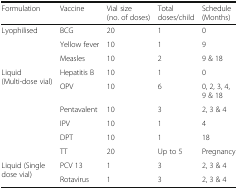
<table><thead><tr><td><b>Formulation</b></td><td><b>Vaccine</b></td><td><b>Vial size (no. of doses)</b></td><td><b>Total doses/child</b></td><td><b>Schedule (Months)</b></td></tr></thead><tbody><tr><td rowspan="3">Lyophilised</td><td>BCG</td><td>20</td><td>1</td><td>0</td></tr><tr><td>Yellow fever</td><td>10</td><td>1</td><td>9</td></tr><tr><td>Measles</td><td>10</td><td>2</td><td>9 &amp; 18</td></tr><tr><td rowspan="6">Liquid (Multi-dose vial)</td><td>Hepatitis B</td><td>10</td><td>1</td><td>0</td></tr><tr><td>OPV</td><td>10</td><td>6</td><td>0, 2, 3, 4, 9 &amp; 18</td></tr><tr><td>Pentavalent</td><td>10</td><td>3</td><td>2, 3 &amp; 4</td></tr><tr><td>IPV</td><td>10</td><td>1</td><td>4</td></tr><tr><td>DPT</td><td>10</td><td>1</td><td>18</td></tr><tr><td>TT</td><td>20</td><td>Up to 5</td><td>Pregnancy</td></tr><tr><td rowspan="2">Liquid (Single dose vial)</td><td>PCV 13</td><td>1</td><td>3</td><td>2, 3 &amp; 4</td></tr><tr><td>Rotavirus</td><td>1</td><td>3</td><td>2, 3 &amp; 4</td></tr></tbody></table>